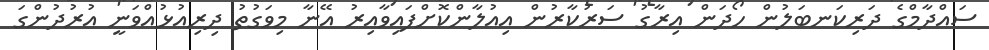
ސައްދާމްގެ ދަރިކަނބަލުން ހޯދަން އިރާގު ސަރުކާރުން އިއުލާންކޮށްފައިވާއިރު އޭނާ މިވަގުތު ދިރިއުޅުއްވަނީ އުރުދުންގަ